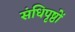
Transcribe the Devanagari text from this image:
संधिपृष्ठों